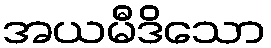
အယမီဒိသော